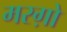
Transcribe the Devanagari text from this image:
मरग़ो